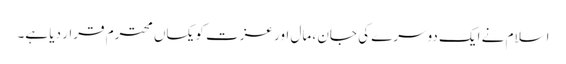
اسلام نے ایک دوسرے کی جان ، مال اور عزت کویکساں محترم قرار دیا ہے۔